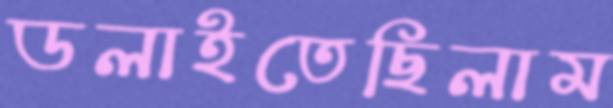
ডলাইতেছিলাম